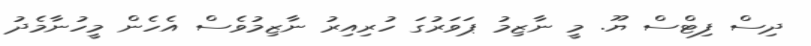
ދިސް ފިޓްސް ޔޫ. މީ ނާޒިމު ޕަވަރުގަ ހުރިއިރު ނާޒިމުވެސް އެހެން މީހުނާމެދު